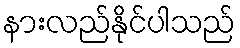
နားလည်နိုင်ပါသည်